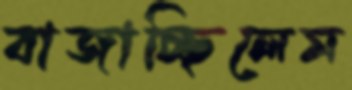
বাজাচ্ছিলেম